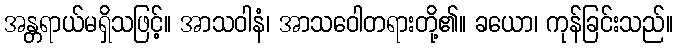
အန္တရာယ်မရှိသဖြင့်။ အာသဝါနံ၊ အာသဝေါတရားတို့၏။ ခယော၊ ကုန်ခြင်းသည်။